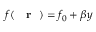
f ( \mathrm { ~ { ~ \bf ~ r ~ } ~ } ) = f _ { 0 } + \beta y